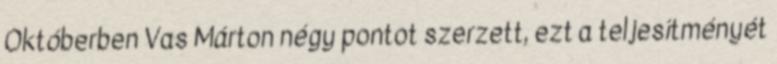
Októberben Vas Márton négy pontot szerzett, ezt a teljesítményét